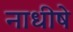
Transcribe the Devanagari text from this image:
नाधीषे